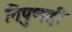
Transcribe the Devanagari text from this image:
निपुणही